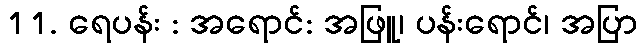
11. ရေပန်း : အရောင်: အဖြူ၊ ပန်းရောင်၊ အပြာ